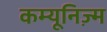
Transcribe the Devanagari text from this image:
कम्यूनिज़्म